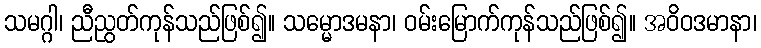
သမဂ္ဂါ၊ ညီညွတ်ကုန်သည်ဖြစ်၍။ သမ္မောဒမနာ၊ ဝမ်းမြောက်ကုန်သည်ဖြစ်၍။ အဝိဝဒမာနာ၊